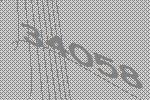
34058